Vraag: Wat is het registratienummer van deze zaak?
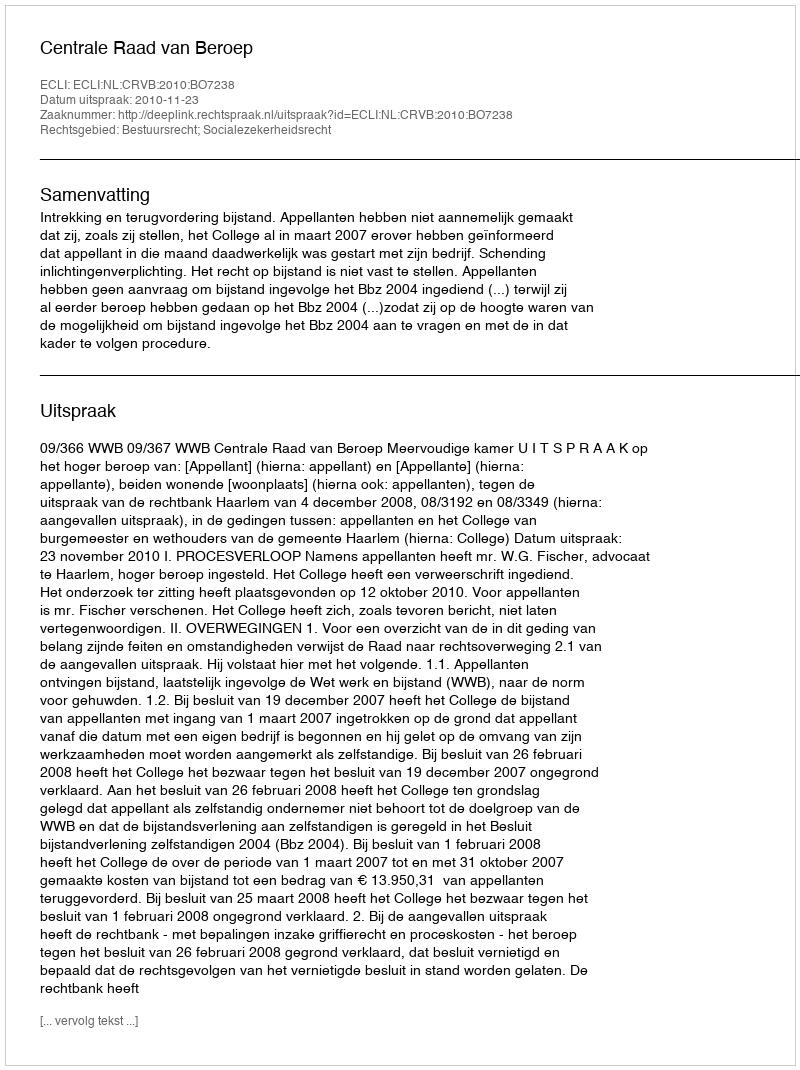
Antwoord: http://deeplink.rechtspraak.nl/uitspraak?id=ECLI:NL:CRVB:2010:BO7238